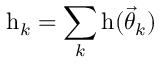
\mathrm { h } _ { k } = \sum _ { k } \mathrm { h } ( \ensuremath { \vec { \theta } } _ { k } )